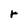
Character: r